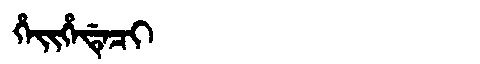
Manchu: ᡥᡝᡳᡥᡝᡩᡝᠴᡳ
Romanization: HEIHEDECI